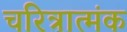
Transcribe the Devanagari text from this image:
चरित्रात्मंक